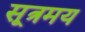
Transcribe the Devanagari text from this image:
सूत्रमय